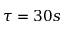
\tau = 3 0 s